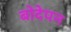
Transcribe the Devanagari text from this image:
बोदेपन